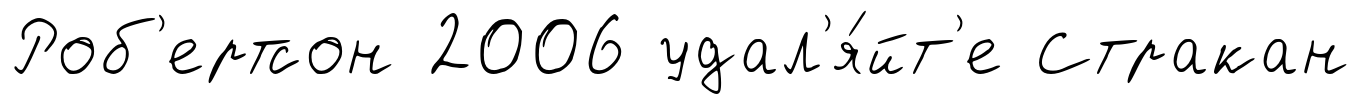
Роб'ертсон 2006 удал'я́йт'е Стракан